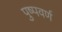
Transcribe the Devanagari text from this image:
पुष्पवर्ण